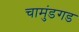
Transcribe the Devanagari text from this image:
चामुंडगड